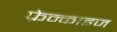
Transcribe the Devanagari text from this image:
फ्रेन्‍काइज